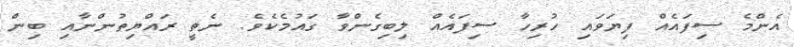
އެންމެ ސިފައެއް ފިޔަވައި ހުރިހާ ސިފައެއް ލިބިގެންވާ ގައުމެކެވެ. ނެތީ ރައްޔިތުންނާއި ބިން